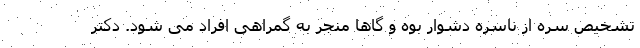
تشخیص سره از ناسره دشوار بوه و گاها منجر به گمراهی افراد می شود. دکتر